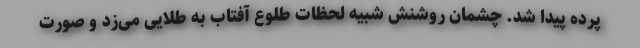
پرده پیدا شد. چشمان روشنش شبیه لحظات طلوع آفتاب به طلایی می‌زد و صورت